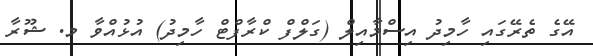
އޭގެ ތެރޭގައި ހާމިދު އިސްމާއިލް (ގަލްފް ކްރާފްޓް ހާމިދު) އުޅުއްވާ މ. ޝޫރާ